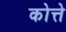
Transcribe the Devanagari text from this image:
कोत्ते